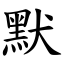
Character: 默